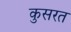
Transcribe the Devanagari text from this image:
कुसरत